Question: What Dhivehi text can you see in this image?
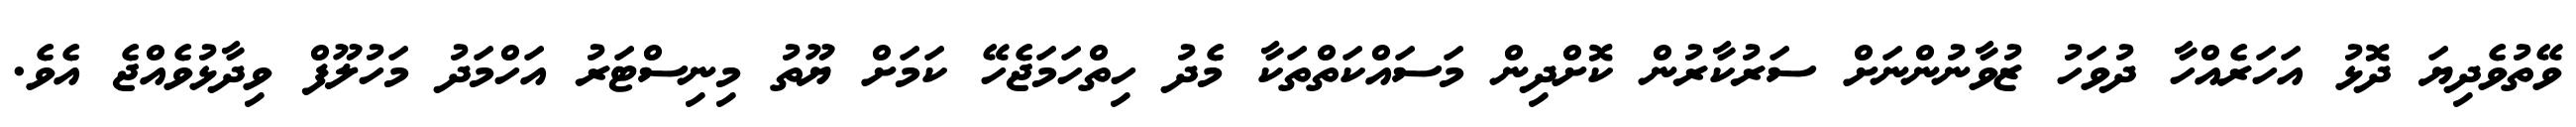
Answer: ވޭތުވެދިޔަ ދޮޅު އަހަރެއްހާ ދުވަހު ޒުވާނުންނަށް ސަރުކާރުން ކޮށްދިން މަސައްކަތްތަކާ މެދު ހިތްހަމަޖެހޭ ކަމަށް ޔޫތު މިނިސްޓަރު އަހްމަދު މަހުލޫފް ވިދާޅުވެއްޖެ އެވެ.